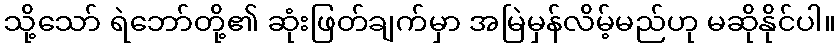
သို့သော် ရဲဘော်တို့၏ ဆုံးဖြတ်ချက်မှာ အမြဲမှန်လိမ့်မည်ဟု မဆိုနိုင်ပါ။